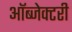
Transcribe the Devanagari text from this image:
ऑब्जेक्टरी